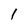
Character: 1